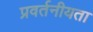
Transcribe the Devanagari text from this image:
प्रवर्तनीयता